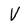
Character: V